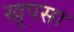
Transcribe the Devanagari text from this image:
खूपसा